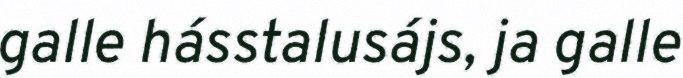
galle hásstalusájs, ja galle